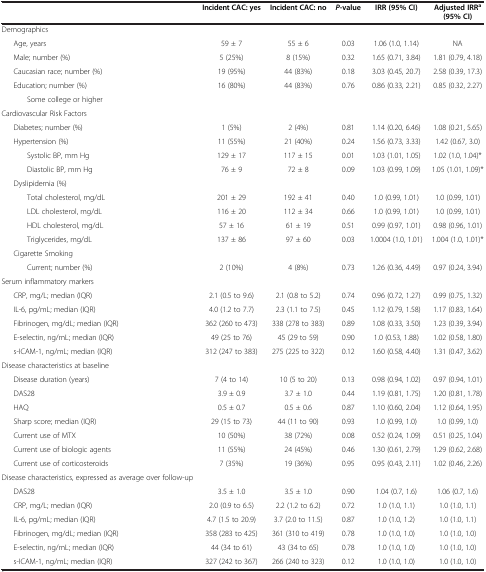
<table><thead><tr><td><b> </b></td><td><b>Incident CAC: yes</b></td><td><b>Incident CAC: no</b></td><td><b><i>P</i>-value</b></td><td><b>IRR (95% CI)</b></td><td><b>Adjusted IRR<sup>a </sup>(95% CI)</b></td></tr></thead><tbody><tr><td>Demographics</td><td> </td><td> </td><td> </td><td> </td><td> </td></tr><tr><td>Age, years</td><td>59 ± 7</td><td>55 ± 6</td><td>0.03</td><td>1.06 (1.0, 1.14)</td><td>NA</td></tr><tr><td>Male; number (%)</td><td>5 (25%)</td><td>8 (15%)</td><td>0.32</td><td>1.65 (0.71, 3.84)</td><td>1.81 (0.79, 4.18)</td></tr><tr><td>Caucasian race; number (%)</td><td>19 (95%)</td><td>44 (83%)</td><td>0.18</td><td>3.03 (0.45, 20.7)</td><td>2.58 (0.39, 17.3)</td></tr><tr><td>Education; number (%)</td><td>16 (80%)</td><td>44 (83%)</td><td>0.76</td><td>0.86 (0.33, 2.21)</td><td>0.85 (0.32, 2.27)</td></tr><tr><td>Some college or higher</td><td> </td><td> </td><td> </td><td> </td><td> </td></tr><tr><td>Cardiovascular Risk Factors</td><td> </td><td> </td><td> </td><td> </td><td> </td></tr><tr><td>Diabetes; number (%)</td><td>1 (5%)</td><td>2 (4%)</td><td>0.81</td><td>1.14 (0.20, 6.46)</td><td>1.08 (0.21, 5.65)</td></tr><tr><td>Hypertension (%)</td><td>11 (55%)</td><td>21 (40%)</td><td>0.24</td><td>1.56 (0.73, 3.33)</td><td>1.42 (0.67, 3.0)</td></tr><tr><td>Systolic BP, mm Hg</td><td>129 ± 17</td><td>117 ± 15</td><td>0.01</td><td>1.03 (1.01, 1.05)</td><td>1.02 (1.0, 1.04)*</td></tr><tr><td>Diastolic BP, mm Hg</td><td>76 ± 9</td><td>72 ± 8</td><td>0.09</td><td>1.03 (0.99, 1.09)</td><td>1.05 (1.01, 1.09)*</td></tr><tr><td>Dyslipidemia (%)</td><td> </td><td> </td><td> </td><td> </td><td> </td></tr><tr><td>Total cholesterol, mg/dL</td><td>201 ± 29</td><td>192 ± 41</td><td>0.40</td><td>1.0 (0.99, 1.01)</td><td>1.0 (0.99, 1.01)</td></tr><tr><td>LDL cholesterol, mg/dL</td><td>116 ± 20</td><td>112 ± 34</td><td>0.66</td><td>1.0 (0.99, 1.01)</td><td>1.0 (0.99, 1.01)</td></tr><tr><td>HDL cholesterol, mg/dL</td><td>57 ± 16</td><td>61 ± 19</td><td>0.51</td><td>0.99 (0.97, 1.01)</td><td>0.98 (0.96, 1.01)</td></tr><tr><td>Triglycerides, mg/dL</td><td>137 ± 86</td><td>97 ± 60</td><td>0.03</td><td>1.0004 (1.0, 1.01)</td><td>1.004 (1.0, 1.01)*</td></tr><tr><td>Cigarette Smoking</td><td> </td><td> </td><td> </td><td> </td><td> </td></tr><tr><td>Current; number (%)</td><td>2 (10%)</td><td>4 (8%)</td><td>0.73</td><td>1.26 (0.36, 4.49)</td><td>0.97 (0.24, 3.94)</td></tr><tr><td>Serum inflammatory markers</td><td> </td><td> </td><td> </td><td> </td><td> </td></tr><tr><td>CRP, mg/L; median (IQR)</td><td>2.1 (0.5 to 9.6)</td><td>2.1 (0.8 to 5.2)</td><td>0.74</td><td>0.96 (0.72, 1.27)</td><td>0.99 (0.75, 1.32)</td></tr><tr><td>IL-6, pg/mL; median (IQR)</td><td>4.0 (1.2 to 7.7)</td><td>2.3 (1.1 to 7.5)</td><td>0.45</td><td>1.12 (0.79, 1.58)</td><td>1.17 (0.83, 1.64)</td></tr><tr><td>Fibrinogen, mg/dL; median (IQR)</td><td>362 (260 to 473)</td><td>338 (278 to 383)</td><td>0.89</td><td>1.08 (0.33, 3.50)</td><td>1.23 (0.39, 3.94)</td></tr><tr><td>E-selectin, ng/mL; median (IQR)</td><td>49 (25 to 76)</td><td>45 (29 to 59)</td><td>0.90</td><td>1.0 (0.53, 1.88)</td><td>1.02 (0.58, 1.80)</td></tr><tr><td>s-ICAM-1, ng/mL; median (IQR)</td><td>312 (247 to 383)</td><td>275 (225 to 322)</td><td>0.12</td><td>1.60 (0.58, 4.40)</td><td>1.31 (0.47, 3.62)</td></tr><tr><td>Disease characteristics at baseline</td><td> </td><td> </td><td> </td><td> </td><td> </td></tr><tr><td>Disease duration (years)</td><td>7 (4 to 14)</td><td>10 (5 to 20)</td><td>0.13</td><td>0.98 (0.94, 1.02)</td><td>0.97 (0.94, 1.01)</td></tr><tr><td>DAS28</td><td>3.9 ± 0.9</td><td>3.7 ± 1.0</td><td>0.44</td><td>1.19 (0.81, 1.75)</td><td>1.20 (0.81, 1.78)</td></tr><tr><td>HAQ</td><td>0.5 ± 0.7</td><td>0.5 ± 0.6</td><td>0.87</td><td>1.10 (0.60, 2.04)</td><td>1.12 (0.64, 1.95)</td></tr><tr><td>Sharp score; median (IQR)</td><td>29 (15 to 73)</td><td>44 (11 to 90)</td><td>0.93</td><td>1.0 (0.99, 1.0)</td><td>1.0 (0.99, 1.0)</td></tr><tr><td>Current use of MTX</td><td>10 (50%)</td><td>38 (72%)</td><td>0.08</td><td>0.52 (0.24, 1.09)</td><td>0.51 (0.25, 1.04)</td></tr><tr><td>Current use of biologic agents</td><td>11 (55%)</td><td>24 (45%)</td><td>0.46</td><td>1.30 (0.61, 2.79)</td><td>1.29 (0.62, 2.68)</td></tr><tr><td>Current use of corticosteroids</td><td>7 (35%)</td><td>19 (36%)</td><td>0.95</td><td>0.95 (0.43, 2.11)</td><td>1.02 (0.46, 2.26)</td></tr><tr><td>Disease characteristics, expressed as average over follow-up</td><td> </td><td> </td><td> </td><td> </td><td> </td></tr><tr><td>DAS28</td><td>3.5 ± 1.0</td><td>3.5 ± 1.0</td><td>0.90</td><td>1.04 (0.7, 1.6)</td><td>1.06 (0.7, 1.6)</td></tr><tr><td>CRP, mg/L; median (IQR)</td><td>2.0 (0.9 to 6.5)</td><td>2.2 (1.2 to 6.2)</td><td>0.72</td><td>1.0 (1.0, 1.1)</td><td>1.0 (1.0, 1.1)</td></tr><tr><td>IL-6, pg/mL; median (IQR)</td><td>4.7 (1.5 to 20.9)</td><td>3.7 (2.0 to 11.5)</td><td>0.87</td><td>1.0 (1.0, 1.2)</td><td>1.0 (1.0, 1.1)</td></tr><tr><td>Fibrinogen, mg/dL; median (IQR)</td><td>358 (283 to 425)</td><td>361 (310 to 419)</td><td>0.78</td><td>1.0 (1.0, 1.0)</td><td>1.0 (1.0, 1.0)</td></tr><tr><td>E-selectin, ng/mL; median (IQR)</td><td>44 (34 to 61)</td><td>43 (34 to 65)</td><td>0.78</td><td>1.0 (1.0, 1.0)</td><td>1.0 (1.0, 1.0)</td></tr><tr><td>s-ICAM-1, ng/mL; median (IQR)</td><td>327 (242 to 367)</td><td>266 (240 to 323)</td><td>0.12</td><td>1.0 (1.0, 1.0)</td><td>1.0 (1.0, 1.0)</td></tr></tbody></table>